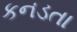
કનડતા